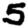
Digit: 5